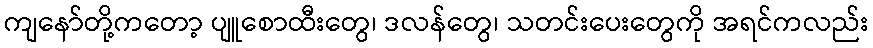
ကျနော်တို့ကတော့ ပျူစောထီးတွေ၊ ဒလန်တွေ၊ သတင်းပေးတွေကို အရင်ကလည်း